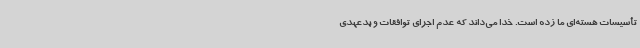
تأسیسات هسته‌ای ما زده است. خدا می‌داند که عدم اجرای توافقات و بدعهدی